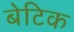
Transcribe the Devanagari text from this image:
बेटिक